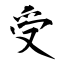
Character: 受